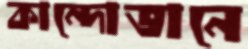
কান্দোভানে